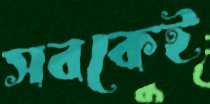
সবকেই